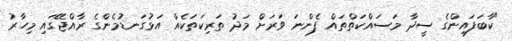
"ކާބަފައިންގެ ސީދާ މަސައްކަތްތައް ފެންނަ ވަރަށް މަދު ތަރިކަތަކެއް އަޅުގަނޑުމެންގެ ރާއްޖޭގައި މިހާރު